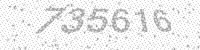
Solution: 735616